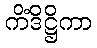
ကိံဒိဋ္ဌိကာ